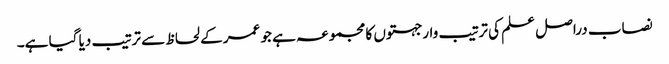
نصاب دراصل علم کی ترتیب وار جہتوں کا مجموعہ ہے جو عمر کے لحاظ سے ترتیب دیا گیا ہے۔